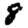
Digit: 8